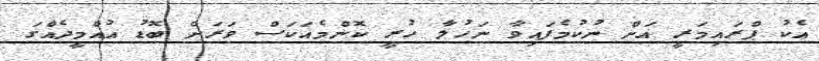
އެކު ޕްރައިމަރީ އަށް ނުކުމެފައިވާ ނަހުލާ ހުރީ ކޮންމެއަކަސް ވަރަށް ބޮޑު އުއްމީދެއްގަ